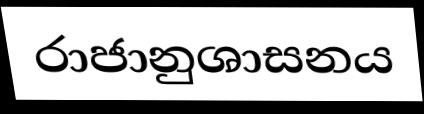
රාජානුශාසනය